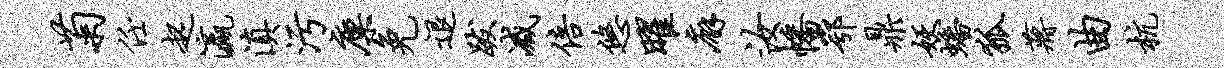
菊任起瀛滇污廪免退跋减倍悠曜廨汝幡鄂鼎妖蟠狐蒋曲杭